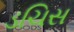
ડચિસ